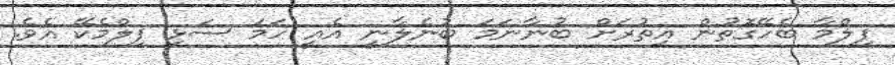
ފިލްމާ ބެހޭގޮތުން އިތުރަށް ބުނާނަމަ ބުނެލާނީ އެއީ ހަމަ ސަޅި ފިލްމެކޭ އެވެ.